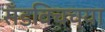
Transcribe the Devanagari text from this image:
सँडविचच्या